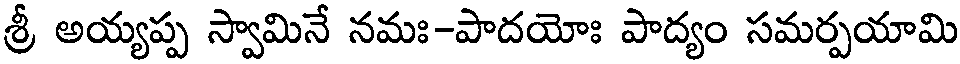
శ్రీ అయ్యప్ప స్వామినే నమః-పాదయోః పాద్యం సమర్పయామి